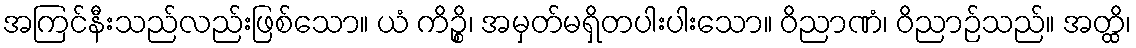
အကြင်နီးသည်လည်းဖြစ်သော။ ယံ ကိဉ္စိ၊ အမှတ်မရှိတပါးပါးသော။ ဝိညာဏံ၊ ဝိညာဉ်သည်။ အတ္ထိ၊